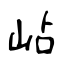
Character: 岾